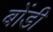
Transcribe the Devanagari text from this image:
बोंडी